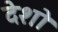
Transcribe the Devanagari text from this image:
देशॊ